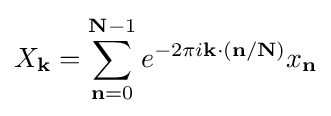
X_{\mathbf {k} }=\sum _{\mathbf {n} =0}^{\mathbf {N} -1}e^{-2\pi i\mathbf {k} \cdot (\mathbf {n} /\mathbf {N} )}x_{\mathbf {n} }